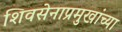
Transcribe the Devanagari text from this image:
शिवसेनाप्रमुखांच्या